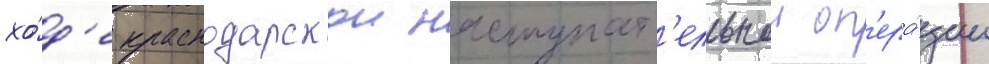
хо́д'е краснодарскои наступат'ельнои оп'ера́ции